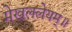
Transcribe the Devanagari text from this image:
मेखललेयम्॥